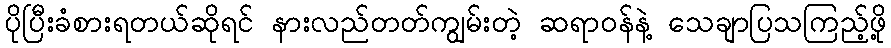
ပိုပြီးခံစားရတယ်ဆိုရင် နားလည်တတ်ကျွမ်းတဲ့ ဆရာဝန်နဲ့ သေချာပြသကြည့်ဖို့